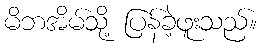
မိဘအိမ်သို့ ပြန်ခဲ့ဖူးသည်။